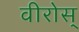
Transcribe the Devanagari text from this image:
वीरोस्